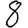
Digit: 8